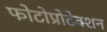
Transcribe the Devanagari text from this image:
फोटोप्रोटेक्शन